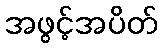
အဖွင့်အပိတ်